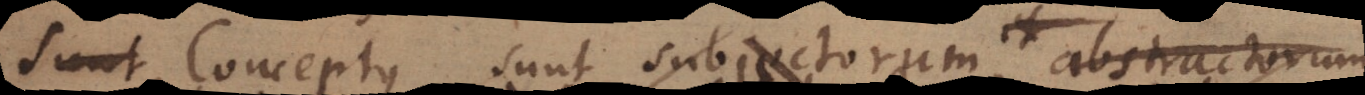
Conceptus sunt subjectorum et abstractorum